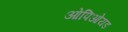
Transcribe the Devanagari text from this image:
ओपिओयड